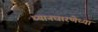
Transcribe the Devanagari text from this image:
ध्यानधारणेच्या